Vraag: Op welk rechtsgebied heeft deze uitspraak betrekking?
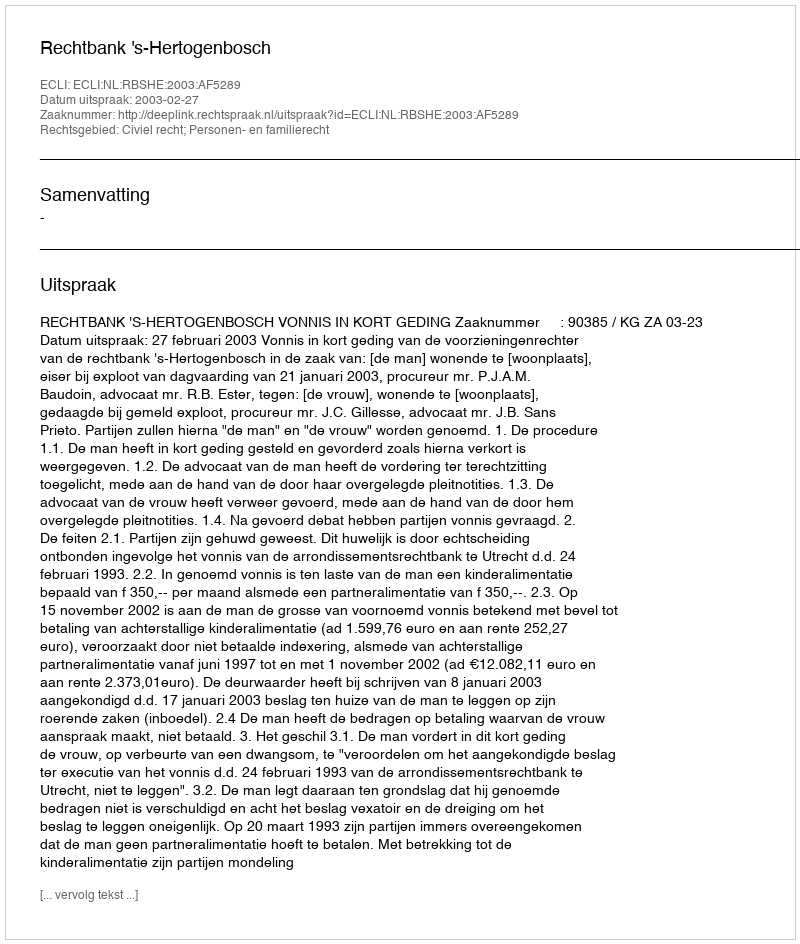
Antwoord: Civiel recht; Personen- en familierecht